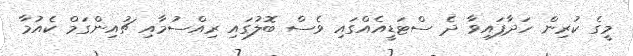
މީގެ ކުރިން ހަދާފައިވާ ދެ ސްޓަޑީއެއްގައި ވެސް ބޮލުގައި ރިއްސުމާއި ޗުއިންގަމް ކެއުމާ